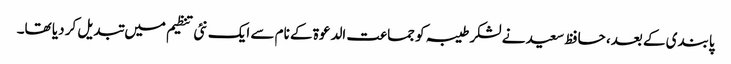
پابندی کے بعد، حافظ سعید نے لشکر طیبہ کو جماعت الدعوة کے نام سے ایک نئی تنظیم میں تبدیل کر دیا تھا۔